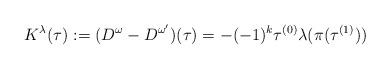
LaTeX: \begin{align*}K^{\lambda}(\tau):=(D^{\omega}-D^{\omega'})(\tau)= -(-1)^k \tau^{(0)}\lambda(\pi(\tau^{(1)}))\end{align*}